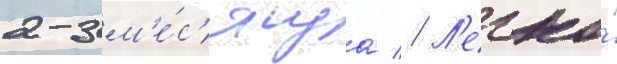
2-3 м'е́с'яца // Л'егко́